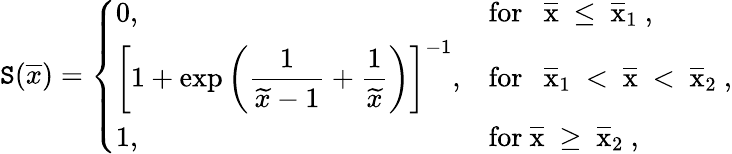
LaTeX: \mathtt{S}(\overline{{{x}}})=\left\{ \begin{array}{ll}{0,}&{\mathrm{for~\ ~\overline{{x}}~\leq~\overline{{x}}_1~},}\\ {\left[1+\exp\left(\displaystyle{\frac{1}{\widetilde x-1}+\frac{1}{\widetilde x}}\right)\right]^{-1},}&{\mathrm{for~\ ~\overline{{x}}_1~<~\overline{{x}}~<~\overline{{x}}_2~},}\\ {1,}&{\mathrm{for~\overline{{x}}~\geq~\overline{{x}}_2~},}\end{array}\right.